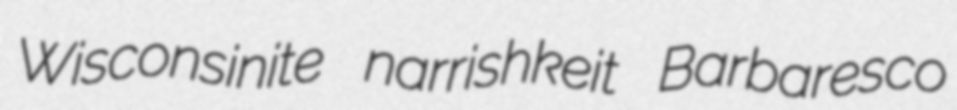
Wisconsinite narrishkeit Barbaresco